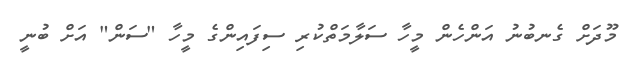
މޫދަށް ގެނބުނު އަންހެން މީހާ ސަލާމަތްކުރި ސިފައިންގެ މީހާ "ސަން" އަށް ބުނީ